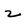
Character: 2